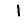
Digit: 1